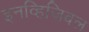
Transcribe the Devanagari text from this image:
इनव्हिजिबल